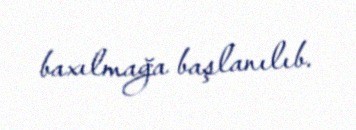
baxılmağa başlanılıb.